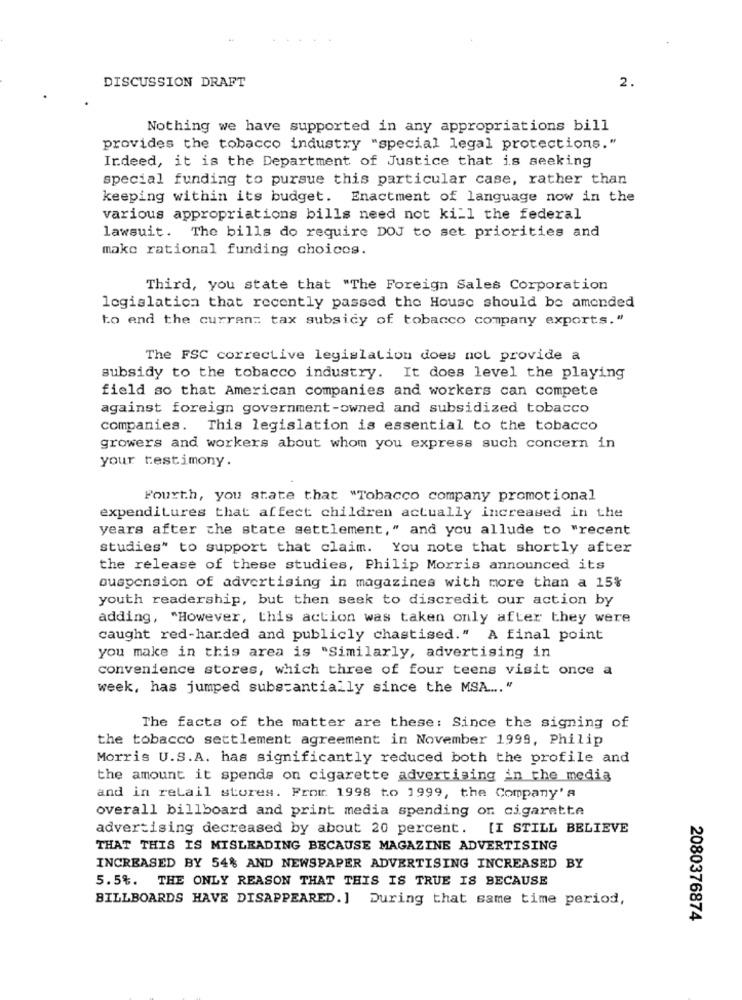
DISCUSSION DRAFT
2.
Nothing we have supported in any appropriations bill
provides the tobacco industry "special legal protections."
Indeed, it is the Department of Justice that is seeking
special funding to pursue this particular case, rather than
keeping within its budget. Enactment of language now in the
various appropriations bills need not kill the federal
lawsuit. The bills do require DOJ to set priorities and
make rational funding choices.
Third, you state that "The Foreign Sales Corporation
legislation that recently passed the House should be amended
to end the curran: tax subsidy of tobacco company exports."
The FSC corrective legislation does not provide a
subsidy to the tobacco industry. It does level the playing
field so that American companies and workers can compete
against foreign government-owned and subsidized tobacco
companies. This legislation is essential to the tobacco
growers and workers about whom you express such concern in
your testimony.
Fourth, you state that "Tobacco company promotional
expenditures that affect children actually increased in the
years after the state settlement," and you allude to "recent
studies" to support that claim. You note that shortly after
the release of these studies, Philip Morris announced its
suspension of advertising in magazines with more than a 15%
youth readership, but then seek to discredit our action by
adding, "However, this action was taken only after they were
caught red-harded and publicly chastised." A final point
you make in this area is "Similarly, advertising in
convenience stores, which three of four teens visit once a
week, has jumped substantially since the MSA .... "
The facts of the matter are these: Since the signing of
the tobacco settlement agreement in November 1999, Philip
Morris U.S.A. has significantly reduced both the profile and
the amount it spends on cigarette advertising in the media
and in retail stores. From 1998 to 1999, the Company' a
overall billboard and print media spending or cigarette
advertising decreased by about 20 percent. [I STILL BELIEVE
THAT THIS IS MISLEADING BECAUSE MAGAZINE ADVERTISING
INCREASED BY 54% AND NEWSPAPER ADVERTISING INCREASED BY
5.5%. THE ONLY REASON THAT THIS IS TRUE IS BECAUSE
BILLBOARDS HAVE DISAPPEARED.] During that same time period,
2080376874